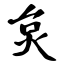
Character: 炱